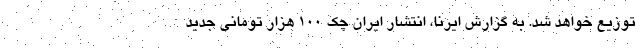
توزیع خواهد شد. به گزارش ایرنا، انتشار ایران چک ۱۰۰ هزار تومانی جدید